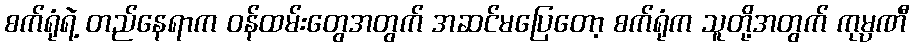
စက်ရုံရဲ့ တည်နေရာက ဝန်ထမ်းတွေအတွက် အဆင်မပြေတော့ စက်ရုံက သူတို့အတွက် ကုမ္ပဏီ